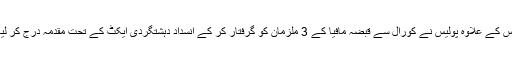
اس کے علاوہ پولیس نے کورال سے قبضہ مافیا کے 3 ملزمان کو گرفتار کر کے انسداد دہشتگردی ایکٹ کے تحت مقدمہ درج کر لیا۔